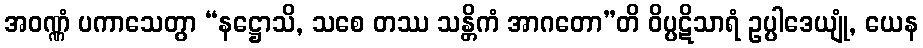
အဝဏ္ဏံ ပကာသေတွာ “နဋ္ဌောသိ, သစေ တဿ သန္တိကံ အာဂတော”တိ ဝိပ္ပဋိသာရံ ဥပ္ပါဒေယျုံ, ယေန